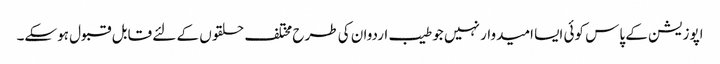
اپوزیشن کے پاس کوئی ایسا امیدوار نہیں جو طیب اردوان کی طرح مختلف حلقوں کے لئے قابل قبول ہوسکے۔